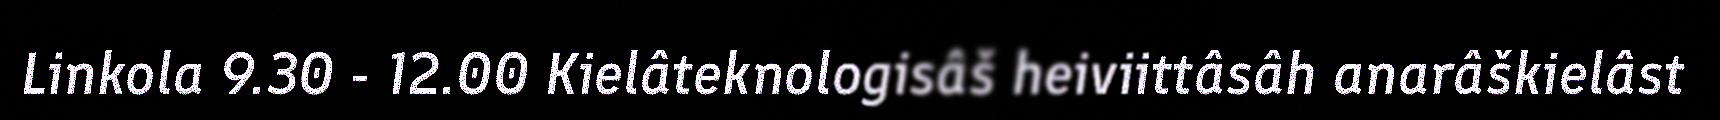
Linkola 9.30 - 12.00 Kielâteknologisâš heiviittâsâh anarâškielâst